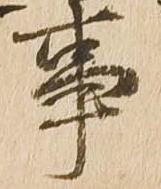
事